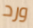
ورد